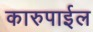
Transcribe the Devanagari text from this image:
कारुपाईल